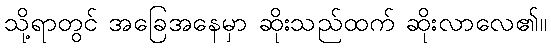
သို့ရာတွင် အခြေအနေမှာ ဆိုးသည်ထက် ဆိုးလာလေ၏။